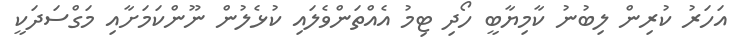
އަހަރު ކުރިން ލިބުނު ކާމިޔާބީ ހޯދި ޓިމު އެއްތަންވެލައި ކުޅެލުން ނޫންކަމަށާއި މަގްސަދަކީ